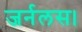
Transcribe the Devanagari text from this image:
जर्नलस।